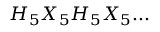
H _ { 5 } X _ { 5 } H _ { 5 } X _ { 5 } . . .